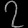
Digit: ၇